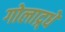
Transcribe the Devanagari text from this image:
गोलाद्र्धे